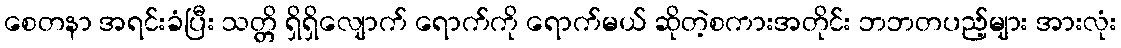
စေတနာ အရင်းခံပြီး သတ္တိ ရှိရှိလျောက် ရောက်ကို ရောက်မယ် ဆိုတဲ့စကားအတိုင်း ဘဘတပည့်များ အားလုံး